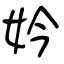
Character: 妗